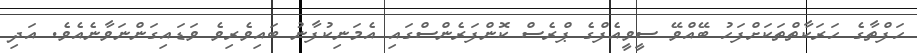
ހަފްތާގެ ހަރަކާތްތަކަށްފަހު ބޭއްވޭ ސީވީއެފްގެ ޕްރެސް ކޮންފަރެންސްގައި އެމަނިކުފާނު ބައިވެރިވެ ވަޑައިގަންނަވާނެއެވެ. އަދި